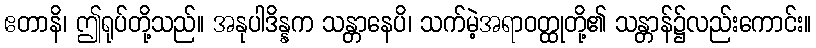
ဧတာနိ၊ ဤရုပ်တို့သည်။ အနုပါဒိန္နက သန္တာနေပိ၊ သက်မဲ့အရာဝတ္ထုတို့၏ သန္တာန်၌လည်းကောင်း။